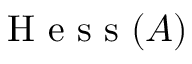
\textrm { H e s s } ( A )